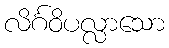
လိင်္ဂဝိပလ္လာသော